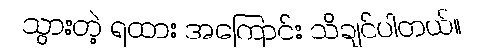
သွားတဲ့ ရထား အကြောင်း သိချင်ပါတယ်။